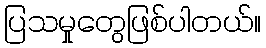
ပြသမှုတွေဖြစ်ပါတယ်။